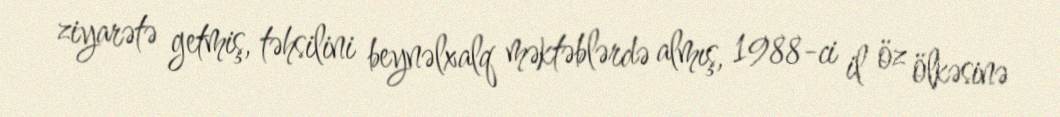
ziyarətə getmiş, təhsilini beynəlxalq məktəblərdə almış, 1988-ci il öz ölkəsinə